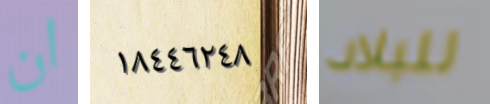
ان ١٨٤٤٦٢٤٨ للبلاد